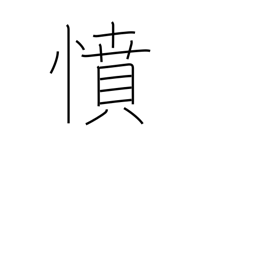
Meaning: anger